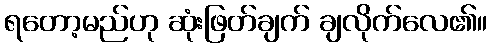
ရတော့မည်ဟု ဆုံးဖြတ်ချက် ချလိုက်လေ၏။